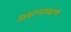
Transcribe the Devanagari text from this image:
असल्याबद्दलचे